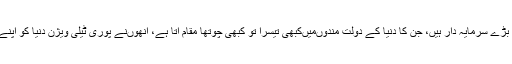
دوسرے ممبئی میںایک بڑے سرمایہ دار ہیں، جن کا دنیا کے دولت مندوںمیںکبھی تیسرا تو کبھی چوتھا مقام آتا ہے، انھوںنے پوری ٹیلی ویژن دنیا کو اپنے قبضے میں لے لیا ہے۔